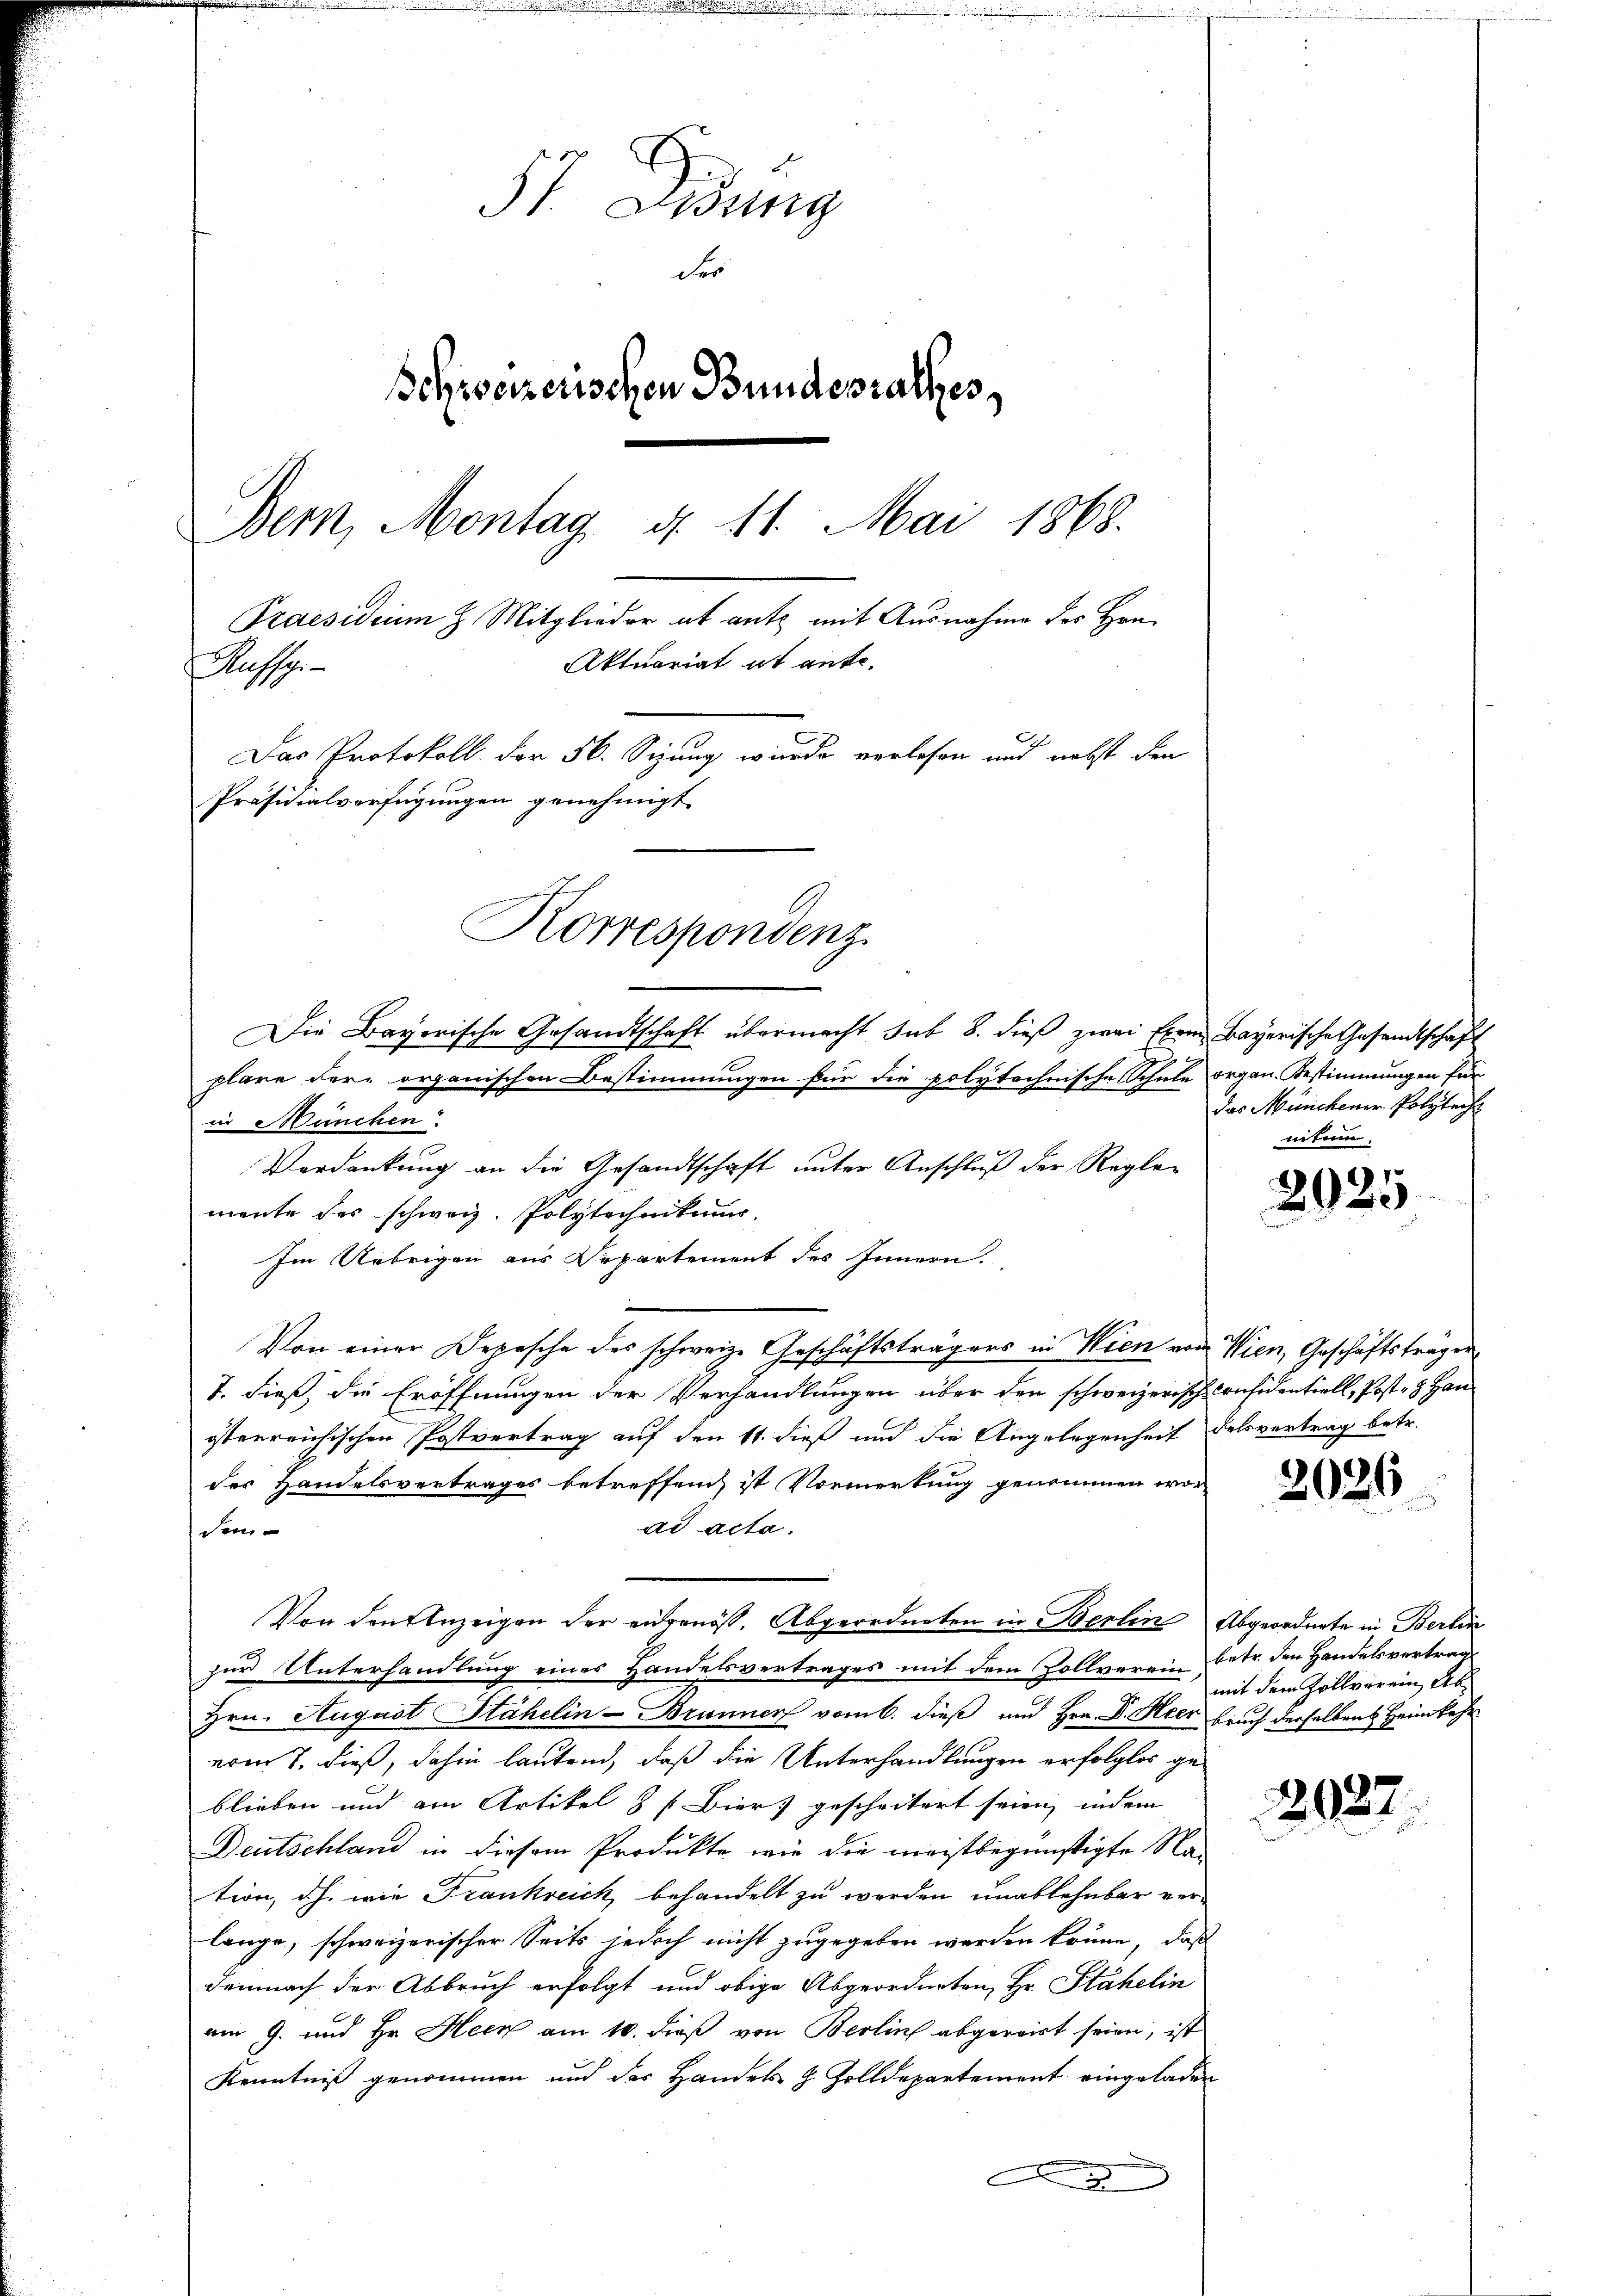
P. Lung
der
Schweizerischen Bundesrathes,
Bern, Montag d. 11. Mai 1868.
Praesidium H. Mitglieder ab antz mit Ausnahme des Hrn.
Aktuariat ist ante.
Rufsg
Das Protokoll der 56. Sizung wurde verlesen und nebst den
Präsidialverfügungen genehmigt
E
Korrespondenz

Die Bayorische Gesandtschaft übermacht sub 8. dieß zwei Exem Bayerische Gesandtschaft
plare der organischen Bestimmungen für die polytechnische Schule organ. Bestimmungen für
in München
Verdankung an die Gesandtschaft unter Anschluß der Reglemente des schweiz. Polytechnikum
Im Uebrigen aus Departement des Innern.
Von einer Depesche des schweiz. Geschäftsträgers in Wien von Wien, Geschäftsträgen
1. dieß, die Eröffnungen der Verhandlungen über den schweizerisch Considentiell, Post- & Hanösterreichischen Postvertrag auf den 11. dieß und die Angelegenheit dessvertrag betr.
des Handelsvertrages betreffen ist Vormerkung genommen wor
ad acta.
den
Von den Anzeigen der eidgenöß. Abgeordneten in Berlin Abgeordnete in Berlin
zur Unterhandlung eines Handelsvertrages mit dem Zollverein betr. den Handelsvertrag
Hrn. August Stähelin-Brunner vom 6. dieß und Hrn. Dr. Heer bruch derselben Heimkehr
vom 8. dieß, dahin lautend, daß die Unterhandlungen erfolglos geblieben und am Artikel 8 f Bier) gescheitert seien, indem
Deutschland in diesem Produkte, wie die meistbegünstigte Nation, dh. wie Frankreich behandelt zu werden unablehnbar verlange, schweizerischer Seits jedoch nicht zugegeben werden könne, daß
Demnach der Abbruch erfolgt und obige Abgeordneten, Hr. Stähelin
am 9. und Hr. Heck am 10. dieß von Berlin abgereist seien, ist
Kenntniß genommen und der Handels z. Zolldepartement eingeladen
A

das Münchener Polytech
nitum,

2025

2026

mit dem Zollverein, Ab¬

2927.